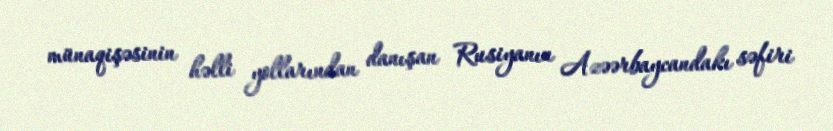
münaqişəsinin həlli yollarından danışan Rusiyanın Azəərbaycandakı səfiri